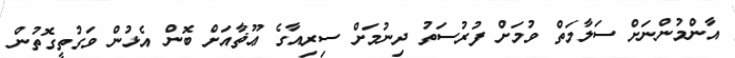
އާންމުންނަށް ސަލާމަތް ވުމަށް ފުރުސަތު ދިނުމަށް ސިރިއާގެ ޢޫޡާއަށް ބޮން އެޅުން ވަގުތީގޮތުން